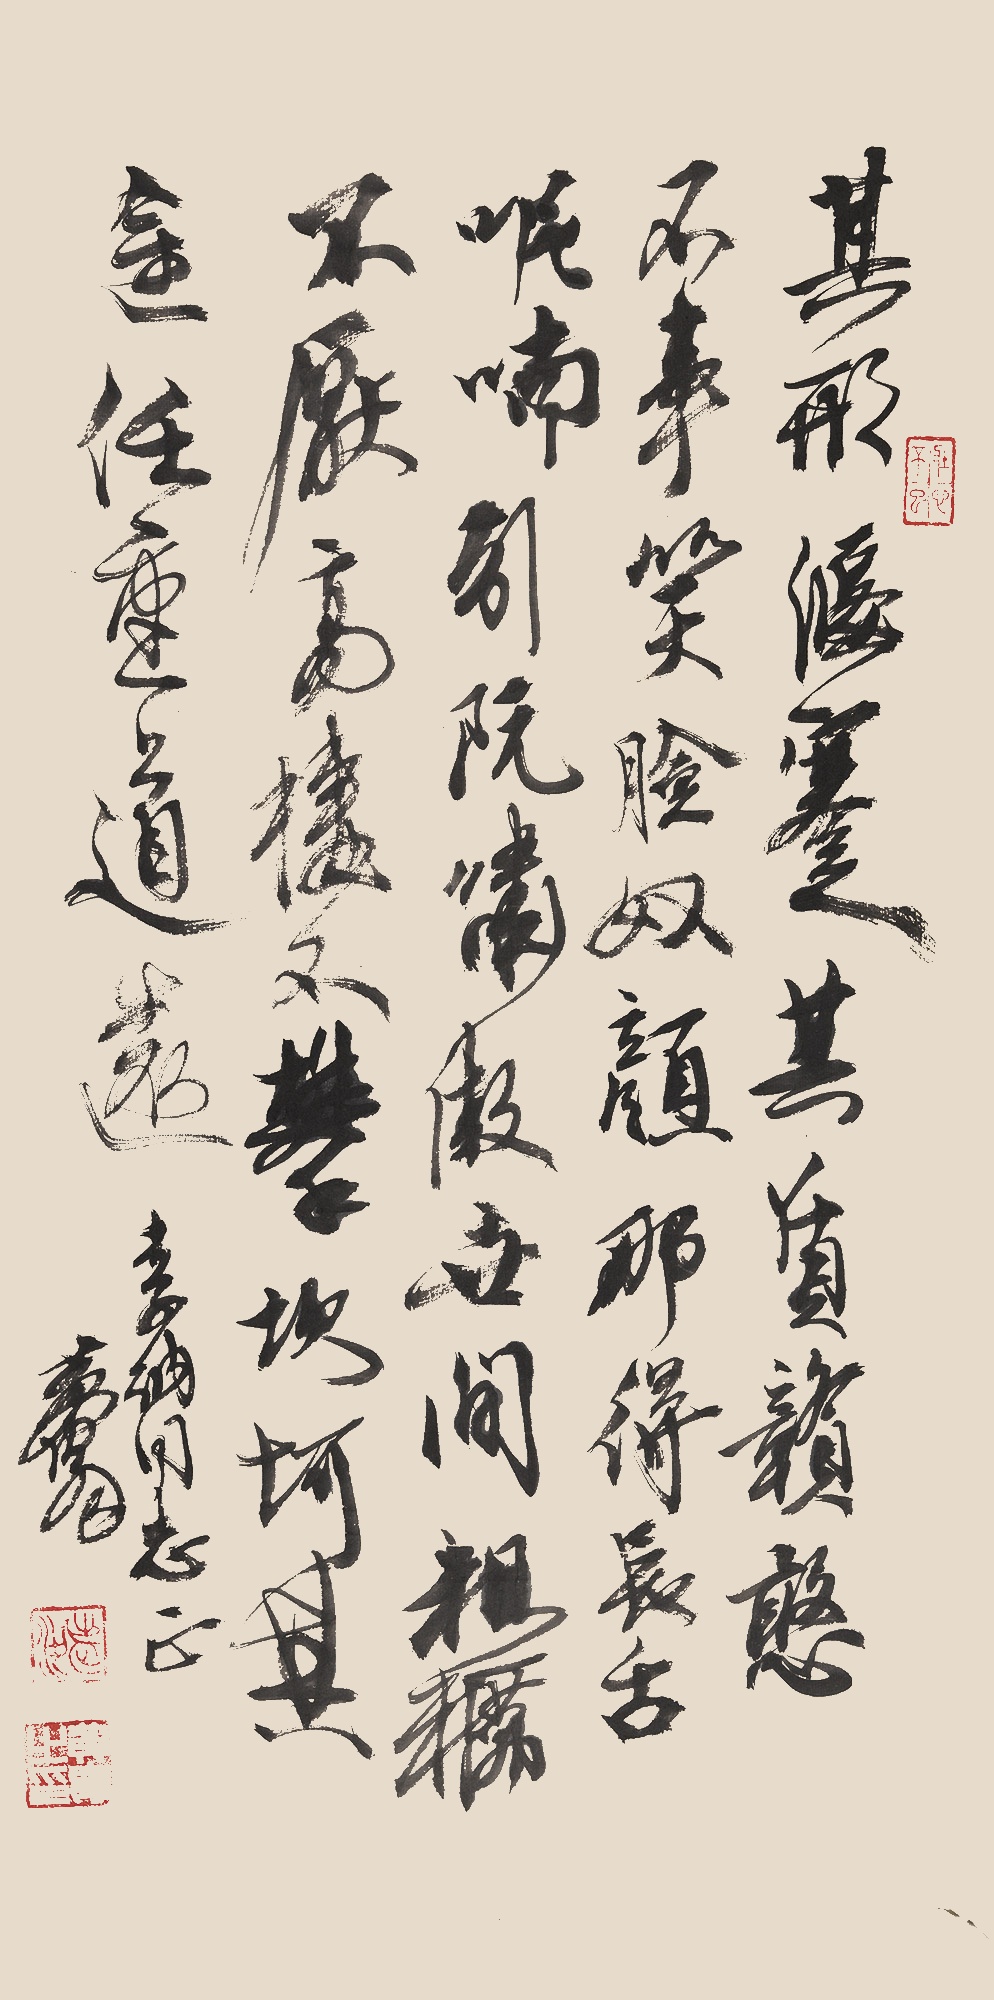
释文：其形偃蹇，其质赣憨。不事笑脸奴颜，那得长舌呢喃。引阮啸傲世间，粗粝不厌。高栖不攀，坎坷其途，任重道远。李纳同志正。黄胄。